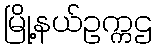
မြို့နယ်ဥက္ကဌ